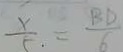
\frac { x } { 5 } = \frac { B D } { 6 }